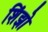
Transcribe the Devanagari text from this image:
शिंझो